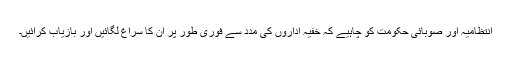
انتظامیہ اور صوبائی حکومت کو چاہیے کہ خفیہ اداروں کی مدد سے فوری طور پر ان کا سراغ لگائیں اور بازیاب کرائیں۔